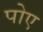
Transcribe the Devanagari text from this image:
पोए